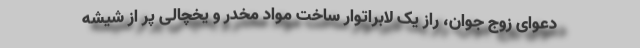
دعوای زوج جوان، راز یک لابراتوار ساخت مواد مخدر و یخچالی پر از شیشه